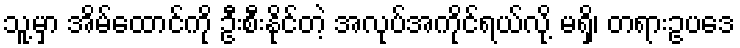
သူ့မှာ အိမ်ထောင်ကို ဦးစီးနိုင်တဲ့ အလုပ်အကိုင်ရယ်လို့ မရှိ၊ တရားဥပဒေ